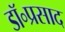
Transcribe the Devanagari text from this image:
डॉ॰प्रसाद